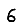
Digit: 6